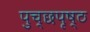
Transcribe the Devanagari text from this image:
पुच्छपृष्ठ